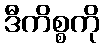
ဒီကိစ္စကို